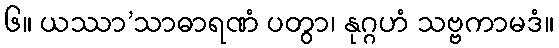
၆။ ယဿာ’သာဓာရဏံ ပတွာ၊ နုဂ္ဂဟံ သဗ္ဗကာမဒံ။